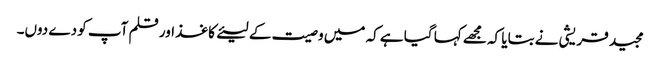
مجید قریشی نے بتایا کہ مجھے کہا گیا ہے کہ میں وصیت کے لیئےکاغذ اور قلم آپ کو دے دوں۔